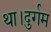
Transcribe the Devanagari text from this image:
था।दुर्गम